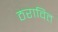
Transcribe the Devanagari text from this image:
ठरावित